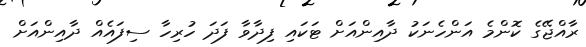
ރާއްޖޭގެ ކޮންމެ އަންހެނަކު ދާއިންއަށް ޓަކައި ފިދާވާ ފަދަ ހުރިހާ ސިފައެއް ދާއިންއަށް